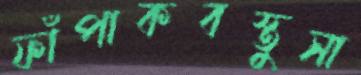
ফাঁপাকবস্তুসা